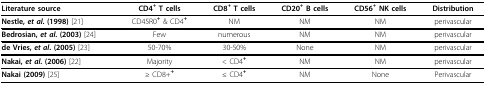
<table><thead><tr><td><b>Literature source</b></td><td><b>CD4<sup>+ </sup>T cells</b></td><td><b>CD8<sup>+ </sup>T cells</b></td><td><b>CD20<sup>+ </sup>B cells</b></td><td><b>CD56<sup>+ </sup>NK cells</b></td><td><b>Distribution</b></td></tr></thead><tbody><tr><td><b>Nestle, <i>et al</i>. (1998) </b>[21]</td><td>CD45R0<b><sup>+ </sup></b>&amp; CD4<b><sup>+</sup></b></td><td>NM</td><td>NM</td><td>NM</td><td>perivascular</td></tr><tr><td><b>Bedrosian, <i>et al</i>. (2003) </b>[24]</td><td>Few</td><td>numerous</td><td>NM</td><td>NM</td><td>perivascular</td></tr><tr><td><b>de Vries, <i>et al</i>. (2005) </b>[23]</td><td>50-70%</td><td>30-50%</td><td>None</td><td>NM</td><td>perivascular</td></tr><tr><td><b>Nakai, <i>et al</i>. (2006) </b>[22]</td><td>Majority</td><td>&lt; CD4<b><sup>+</sup></b></td><td>NM</td><td>NM</td><td>perivascular</td></tr><tr><td><b>Nakai (2009) </b>[25]</td><td>≥ CD8+<b><sup>+</sup></b></td><td>≤ CD4<b><sup>+</sup></b></td><td>NM</td><td>None</td><td>Perivascular</td></tr></tbody></table>